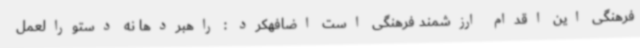
فرهنگی این اقدام ارزشمند فرهنگی است اضافهکرد : راهبردها نه دستورالعمل